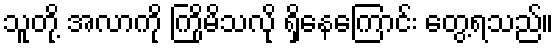
သူတို့ အလာကို ကြိုမိသလို ရှိနေကြောင်း တွေ့ရသည်။